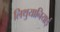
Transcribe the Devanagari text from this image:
लिथुयानियाई